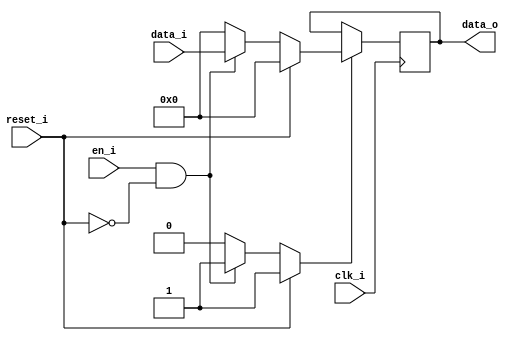
module bsg_dff_reset_en_width_p8
(
  clk_i,
  reset_i,
  en_i,
  data_i,
  data_o
);

  input [7:0] data_i;
  output [7:0] data_o;
  input clk_i;
  input reset_i;
  input en_i;
  wire N0,N1,N2,N3,N4,N5,N6,N7,N8,N9,N10,N11,N12,N13;
  reg [7:0] data_o;
  assign N3 = (N0)? 1'b1 :
              (N13)? 1'b1 :
              (N2)? 1'b0 : 1'b0;
  assign N0 = reset_i;
  assign { N11, N10, N9, N8, N7, N6, N5, N4 } = (N0)? { 1'b0, 1'b0, 1'b0, 1'b0, 1'b0, 1'b0, 1'b0, 1'b0 } :
                                                (N13)? data_i : 1'b0;
  assign N1 = en_i | reset_i;
  assign N2 = ~N1;
  assign N12 = ~reset_i;
  assign N13 = en_i & N12;

  always @(posedge clk_i) begin
    if(N3) begin
      { data_o[7:0] } <= { N11, N10, N9, N8, N7, N6, N5, N4 };
    end
  end


endmodule